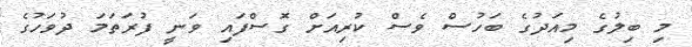
މި ބިލުގެ މިއަދުގެ ބަހުސް ވެސް ކުރިއަށް ގޮސްފައި ވަނީ ފުރަތަމަ ދުވަހުގެ